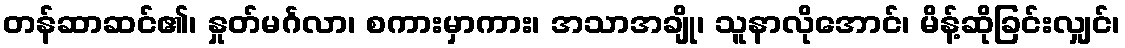
တန်ဆာဆင်၏၊ နှုတ်မင်္ဂလာ၊ စကားမှာကား၊ အသာအချို၊ သူနာလိုအောင်၊ မိန့်ဆိုခြင်းလျှင်၊